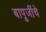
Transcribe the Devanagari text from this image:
बापूजींचे